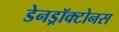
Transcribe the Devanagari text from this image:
डेनड्रॉक्टोनस